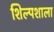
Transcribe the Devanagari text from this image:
शिल्पशाला